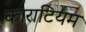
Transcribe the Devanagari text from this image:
काराटियम